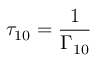
\tau _ { 1 0 } = \frac { 1 } { \Gamma _ { 1 0 } }